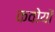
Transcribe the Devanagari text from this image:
कवोयों